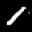
Label: 1